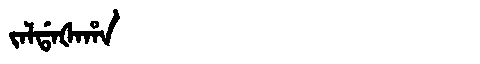
Manchu: ᠵᠠᠯᡩᠠᡧᠠᡥᠠ
Romanization: JALDAŠAHA